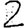
Digit: 2